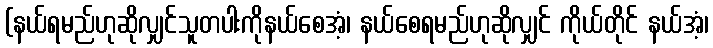
(နယ်ရမည်ဟုဆိုလျှင်သူတပါးကိုနယ်စေအံ့၊ နယ်စေရမည်ဟုဆိုလျှင် ကိုယ်တိုင် နယ်အံ့၊